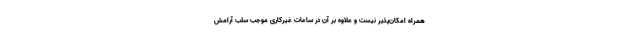
همراه امکان‌پذیر نیست و علاوه بر آن در ساعات غیرکاری موجب سلب آرامش